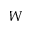
W